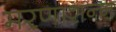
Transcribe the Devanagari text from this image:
मरणाशन्‍न